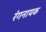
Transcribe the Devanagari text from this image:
रंगनायक